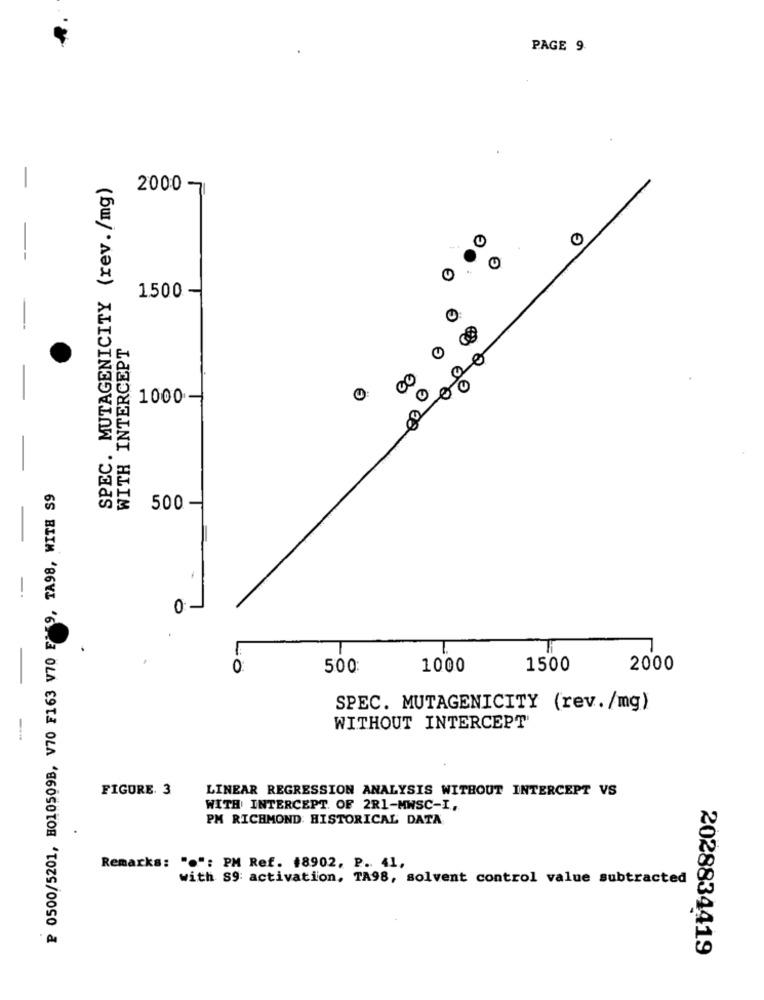
PAGE 9.
SPEC. MUTAGENICITY (rev./mg)
2000 -
C
1500-
C
WITH INTERCEPT
1000-
₽ 0500/5201, B010509B, V70 F163 V70 E 9, TA98, WITH S9
500
0 :-
0
500
1000
1500
2000
SPEC. MUTAGENICITY (rev./mg)
WITHOUT INTERCEPT
FIGURE. 3
LINEAR REGRESSION ANALYSIS WITHOUT INTERCEPT VS
WITH INTERCEPT. OF 2R1-MWSC-I,
PM RICHMOND: HISTORICAL DATA
Remarks: "o": PM Ref. 18902, P. 41,
with S9: activation, TA98, solvent control value subtracted
2028834419